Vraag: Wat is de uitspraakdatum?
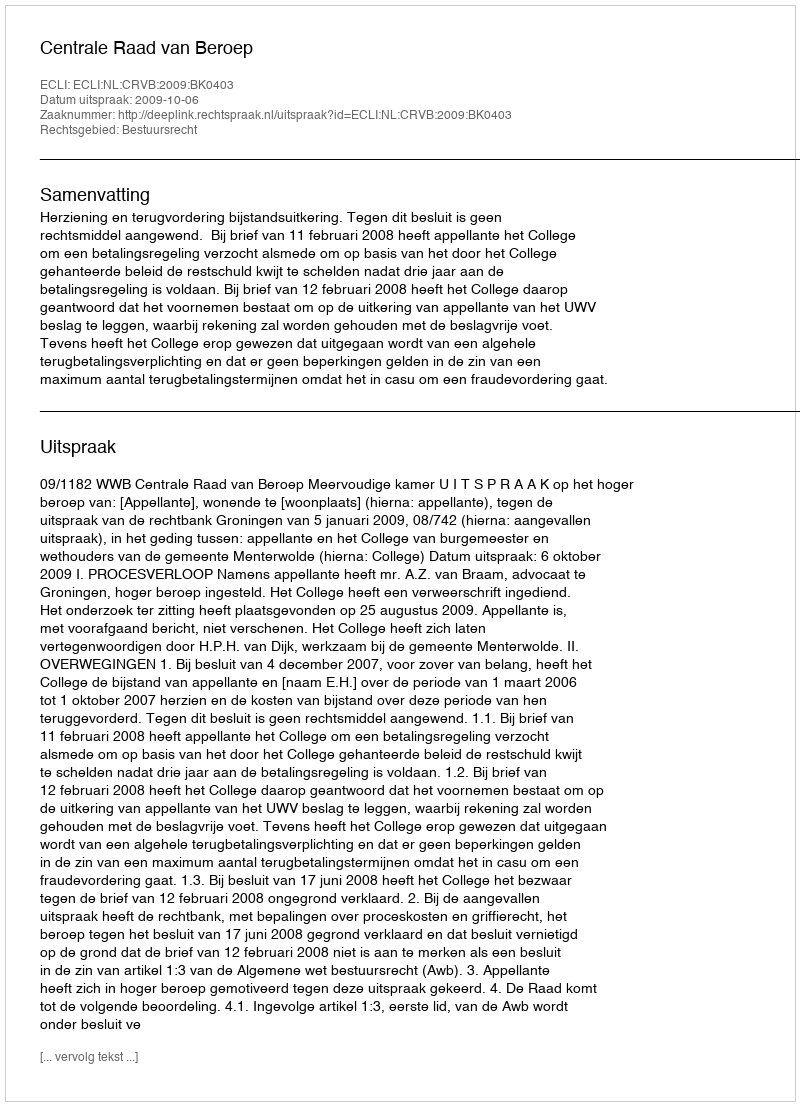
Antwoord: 2009-10-06